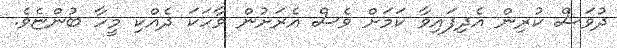
ދުވަސް ކުރިން އެދިފައިވާ ކަމަށް ވެސް އެރަށުން ވާހަކަ ދެއްކި މީހާ ބުންޏެވެ.